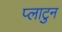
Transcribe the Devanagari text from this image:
प्लाटुन